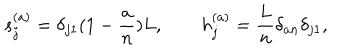
s _ { j } ^ { ( a ) } = \delta _ { j 1 } ( 1 - { \frac { a } { n } } ) L , \qquad h _ { j } ^ { ( a ) } = { \frac { L } { n } } \delta _ { a n } \delta _ { j 1 } ,